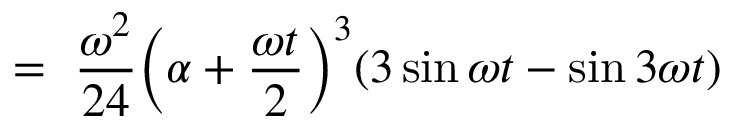
= \ \frac { \omega ^ { 2 } } { 2 4 } \Big ( \alpha + \frac { \omega t } { 2 } \Big ) ^ { 3 } ( 3 \sin { \omega t } - \sin { 3 \omega t } )